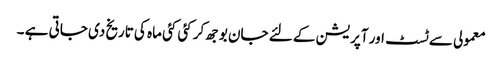
معمولی سے ٹسٹ اور آپریشن کے لئے جان بوجھ کر کئی کئی ماہ کی تاریخ دی جاتی ہے ۔